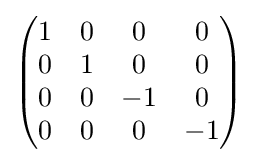
{\begin{pmatrix}1&0&0&0\\0&1&0&0\\0&0&-1&0\\0&0&0&-1\end{pmatrix}}